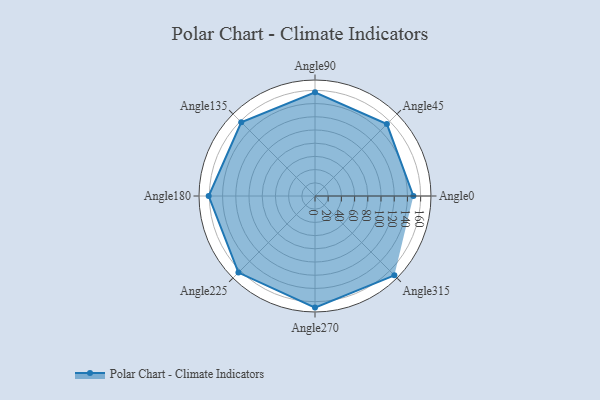
{"axis": {"x": "Angle", "y": "Radius"}, "legend": [""], "data": [{"x": "Angle0", "y": 149.0, "type": ""}, {"x": "Angle45", "y": 154.0, "type": ""}, {"x": "Angle90", "y": 157.0, "type": ""}, {"x": "Angle135", "y": 158.0, "type": ""}, {"x": "Angle180", "y": 161.0, "type": ""}, {"x": "Angle225", "y": 164.0, "type": ""}, {"x": "Angle270", "y": 169.0, "type": ""}, {"x": "Angle315", "y": 170, "type": ""}]}